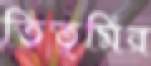
তিতুমির